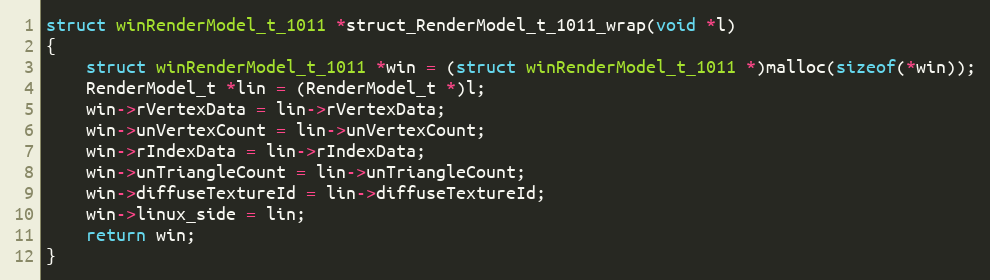
Language: C++
struct winRenderModel_t_1011 *struct_RenderModel_t_1011_wrap(void *l)
{
    struct winRenderModel_t_1011 *win = (struct winRenderModel_t_1011 *)malloc(sizeof(*win));
    RenderModel_t *lin = (RenderModel_t *)l;
    win->rVertexData = lin->rVertexData;
    win->unVertexCount = lin->unVertexCount;
    win->rIndexData = lin->rIndexData;
    win->unTriangleCount = lin->unTriangleCount;
    win->diffuseTextureId = lin->diffuseTextureId;
    win->linux_side = lin;
    return win;
}